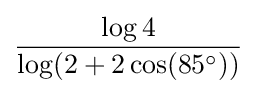
{\frac {\log 4}{\log(2+2\cos(85^{\circ }))}}